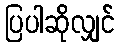
ပြပါဆိုလျှင်